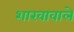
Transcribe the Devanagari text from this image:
शाखावाले